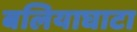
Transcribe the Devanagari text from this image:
बलियाघाटा